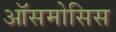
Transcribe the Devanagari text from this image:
ऑसमोसिस